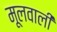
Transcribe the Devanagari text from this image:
मूलवाली